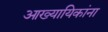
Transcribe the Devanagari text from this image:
आख्यायिकांना